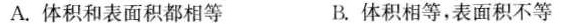
A.体积和表面积都相等B.体积相等，表面积不等